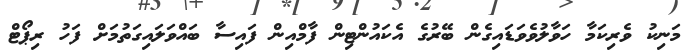
މަނިކު ވެރިކަމާ ހަވާލުވެވަޑައިގެން ބޭރުގެ އެކައުންޓިން ފާމްއިން ފައިސާ ބައްވަލައިގަތުމަށް ފަހު ރިޕޯޓް